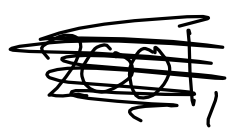
Text: 2001,
Cross-out: scratch
Writing tool: digital_black